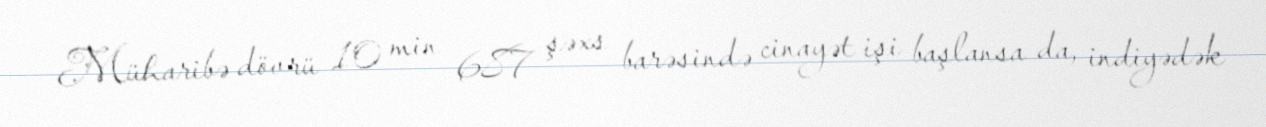
Müharibə dövrü 10 min 687 şəxs barəsində cinayət işi başlansa da, indiyədək